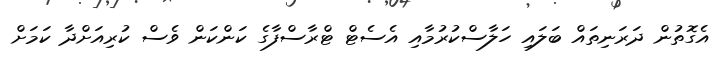
އެގޮތުން ދަރަނިތައް ބަލައި ހަލާސްކުރުމާއި އެސެޓް ޓްރާސްފާގެ ކަންކަން ވެސް ކުރިއަށްދާ ކަމަށް